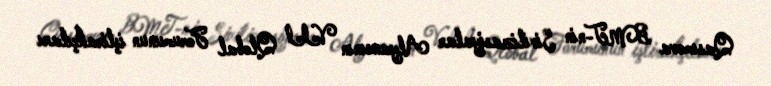
Qasımova BMT-nin Sivilizasiyalar Alyansının VII Qlobal Forumunun iştirakçıları